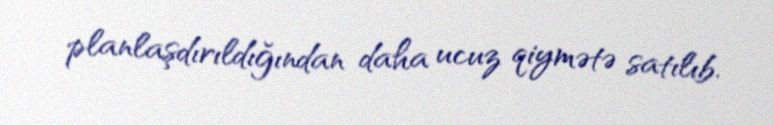
planlaşdırıldığından daha ucuz qiymətə satılıb.